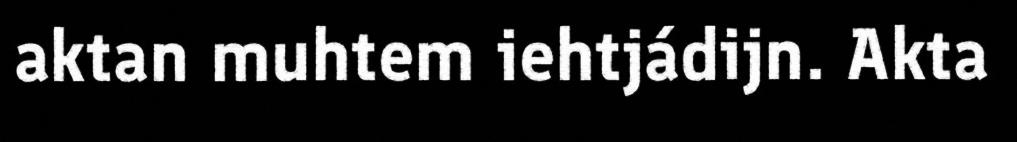
aktan muhtem iehtjádijn. Akta